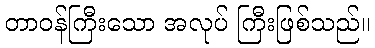
တာဝန်ကြီးသော အလုပ် ကြီးဖြစ်သည်။